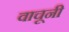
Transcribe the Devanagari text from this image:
वाचूनी